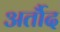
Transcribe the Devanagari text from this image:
अर्तौद